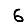
Digit: 6